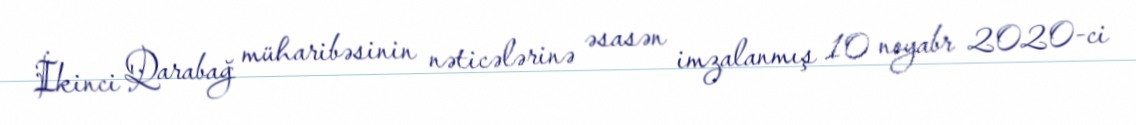
İkinci Qarabağ müharibəsinin nəticələrinə əsasən imzalanmış 10 noyabr 2020-ci